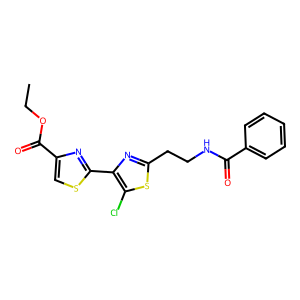
SMILES: CCOC(=O)c1csc(-c2nc(CCNC(=O)c3ccccc3)sc2Cl)n1
Inhibits HIV replication: No